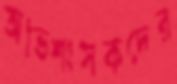
অভিশংসকদের